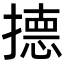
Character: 𭢙